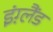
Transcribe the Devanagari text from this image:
इंग़्लैंड